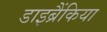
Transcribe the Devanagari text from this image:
डाइब्रैंकिया